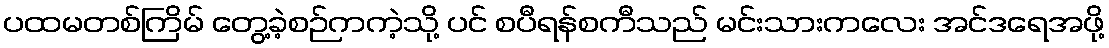
ပထမတစ်ကြိမ် တွေ့ခဲ့စဉ်ကကဲ့သို့ ပင် စပီရန်စကီသည် မင်းသားကလေး အင်ဒရေအဖို့